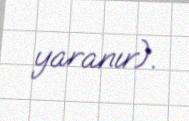
yaranır).